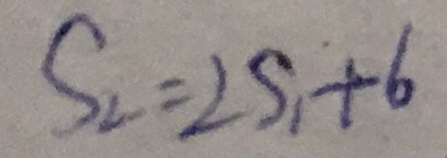
S _ { 2 } = 2 S _ { 1 } + 6